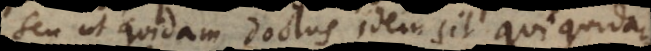
seu ut quidam doctus idem sit qui quidam